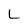
Character: L